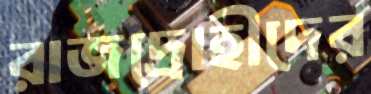
রাজদ্রোহীদের